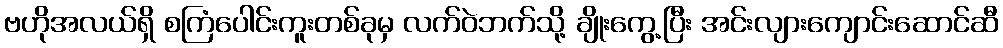
ဗဟိုအလယ်ရှိ စကြံပေါင်းကူးတစ်ခုမှ လက်ဝဲဘက်သို့ ချိုးကွေ့ပြီး အင်းလျားကျောင်းဆောင်ဆီ